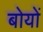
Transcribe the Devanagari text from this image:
बोयों